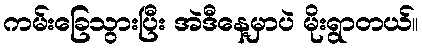
ကမ်းခြေသွားပြီး အဲဒီနေ့မှာပဲ မိုးရွာတယ်။